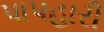
પાપહારી